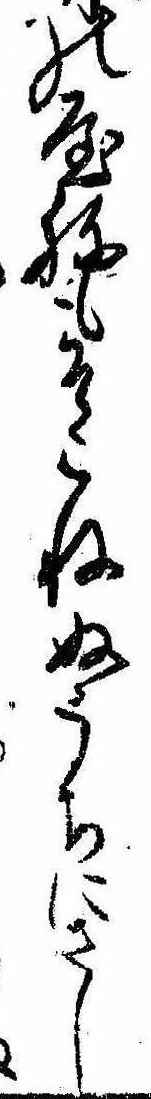
の屋ねもそこねぬうちにさし